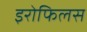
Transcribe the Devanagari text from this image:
इरोफिलस